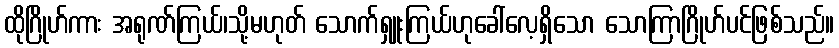
ထိုဂြိုဟ်ကား အရုဏ်ကြယ်၊သို့မဟုတ် သောက်ရှူးကြယ်ဟုခေါ်လေ့ရှိသော သောကြာဂြိုဟ်ပင်ဖြစ်သည်။